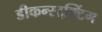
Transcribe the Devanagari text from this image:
डीकन्स्ट्रक्टिंग